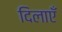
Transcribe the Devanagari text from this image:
दिलाएँ